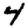
Digit: 4